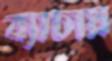
ব্যাচায়